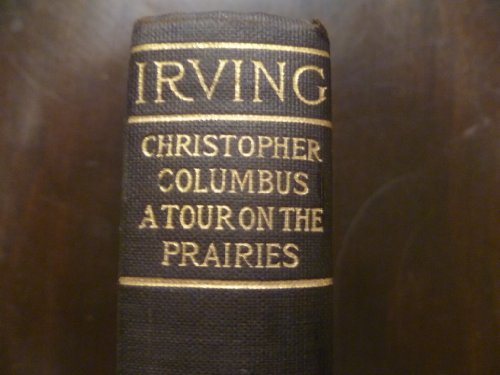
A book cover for The life and voyages of Christopher Columbus: A tour of the prairies (The works of Washington Irving); Washington Irving; Travel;